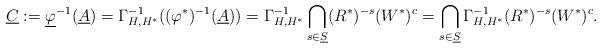
LaTeX: \begin{align*}\underline{C}:=\underline{\varphi}^{-1}(\underline{A})=\Gamma_{H,H^*}^{-1}((\varphi^*)^{-1}(\underline{A}))=\Gamma_{H,H^*}^{-1}\bigcap_{s\in\underline{S}}(R^*)^{-s}(W^*)^c=\bigcap_{s\in\underline{S}}\Gamma_{H,H^*}^{-1}(R^*)^{-s}(W^*)^c.\end{align*}